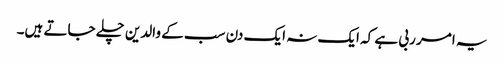
یہ امر ربی ہے کہ ایک نہ ایک دن سب کے والدین چلے جاتے ہیں۔